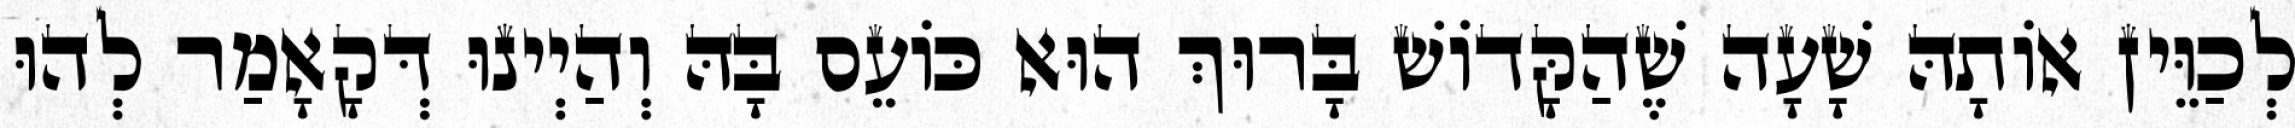
לְכַוֵּין אוֹתָהּ שָׁעָה שֶׁהַקָּדוֹשׁ בָּרוּךְ הוּא כּוֹעֵס בָּהּ וְהַיְינוּ דְּקָאָמַר לְהוּ